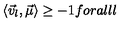
\langle { \vec { v } } _ { l } , { \vec { \mu } } \rangle \geq - 1 f o r a l l l